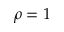
\rho = 1